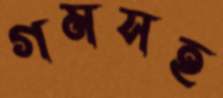
গমসহ